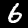
Label: 6